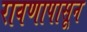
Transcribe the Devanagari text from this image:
रावणापासून